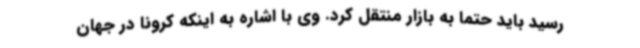
رسید باید حتما به بازار منتقل کرد. وی با اشاره به اینکه کرونا در جهان